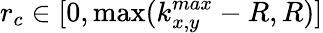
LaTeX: r_{c}\in[0,\operatorname*{max}(k_{x,y}^{max}-R,R)]